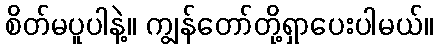
စိတ်မပူပါနဲ့။ ကျွန်တော်တို့ရှာပေးပါမယ်။